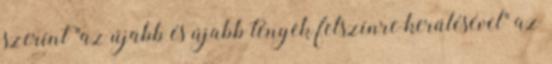
szerint "az újabb és újabb tények felszínre kerülésével" az